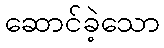
ဆောင်ခဲ့သော